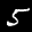
Label: 5